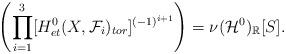
LaTeX: \begin{align*}\left(\prod_{i=1}^3[H^0_{et}(X,\mathcal{F}_i)_{tor}]^{(-1)^{i+1}}\right)=\nu(\mathcal{H}^0)_{\mathbb{R}}[S].\end{align*}